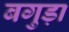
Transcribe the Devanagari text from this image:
बगुड़ा